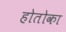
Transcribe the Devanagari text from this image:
होतोका